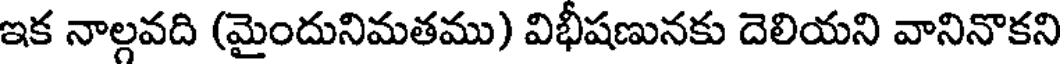
ఇక నాల్గవది (మైందునిమతము) విభీషణునకు దెలియని వానినొకని